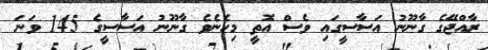
ރާއްޖޭގެ ގާނޫނު އަސާސީގައި ވެސް އޮތީ މިހެނެވެ ގާނޫނު އަސާސީގެ 145 ވަނަ